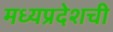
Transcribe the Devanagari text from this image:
मध्यप्रदेशची